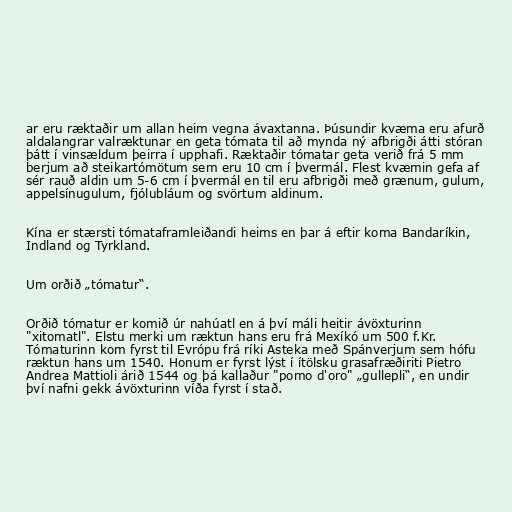
ar eru ræktaðir um allan heim vegna ávaxtanna. Þúsundir kvæma eru afurð
aldalangrar valræktunar en geta tómata til að mynda ný afbrigði átti stóran
þátt í vinsældum þeirra í upphafi. Ræktaðir tómatar geta verið frá 5 mm
berjum að steikartómötum sem eru 10 cm í þvermál. Flest kvæmin gefa af
sér rauð aldin um 5-6 cm í þvermál en til eru afbrigði með grænum, gulum,
appelsínugulum, fjólubláum og svörtum aldinum.

Kína er stærsti tómataframleiðandi heims en þar á eftir koma Bandaríkin,
Indland og Tyrkland.

Um orðið „tómatur“.

Orðið tómatur er komið úr nahúatl en á því máli heitir ávöxturinn
"xitomatl". Elstu merki um ræktun hans eru frá Mexíkó um 500 f.Kr.
Tómaturinn kom fyrst til Evrópu frá ríki Asteka með Spánverjum sem hófu
ræktun hans um 1540. Honum er fyrst lýst í ítölsku grasafræðiriti Pietro
Andrea Mattioli árið 1544 og þá kallaður "pomo d'oro" „gullepli“, en undir
því nafni gekk ávöxturinn víða fyrst í stað.